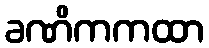
ခဏိကကထာ